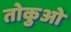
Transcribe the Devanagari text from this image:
तोकुओ